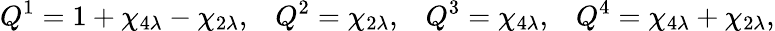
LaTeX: Q^{1}=1+\chi_{4\lambda}-\chi_{2\lambda},\, \, \, \, \, Q^{2}=\chi_{2\lambda},\, \, \, \, \, Q^{3}=\chi_{4\lambda},\, \, \, \, \, Q^{4}=\chi_{4\lambda}+\chi_{2\lambda},